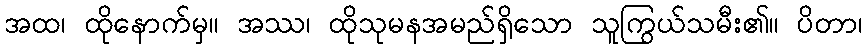
အထ၊ ထိုနောက်မှ။ အဿ၊ ထိုသုမနအမည်ရှိသော သူကြွယ်သမီး၏။ ပိတာ၊